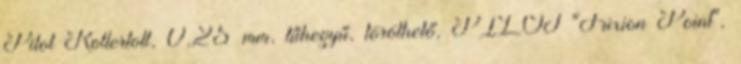
Pilot Rollertoll, 0,25 mm, tűhegyű, törölhető, PILOT "Frixion Point",